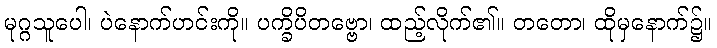
မုဂ္ဂသူပေါ၊ ပဲနောက်ဟင်းကို။ ပက္ခိပိတဗ္ဗော၊ ထည့်လိုက်၏။ တတော၊ ထိုမှနောက်၌။